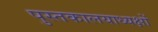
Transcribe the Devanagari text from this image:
पुस्तकालयाध्यक्षों